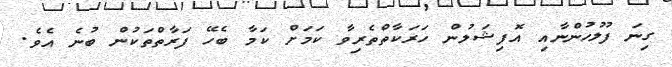
ގިނަ ފުލުހުންނާއި އޮފިޝަލުން ހަރަކާތްތެރިވާ ކަމަށް ކަމާ ބެހޭ ފަރާތްތަކުން ބުނެ އެވެ.